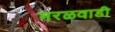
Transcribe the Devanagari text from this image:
मरळवाडी